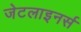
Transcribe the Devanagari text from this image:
जेटलाइनर्स